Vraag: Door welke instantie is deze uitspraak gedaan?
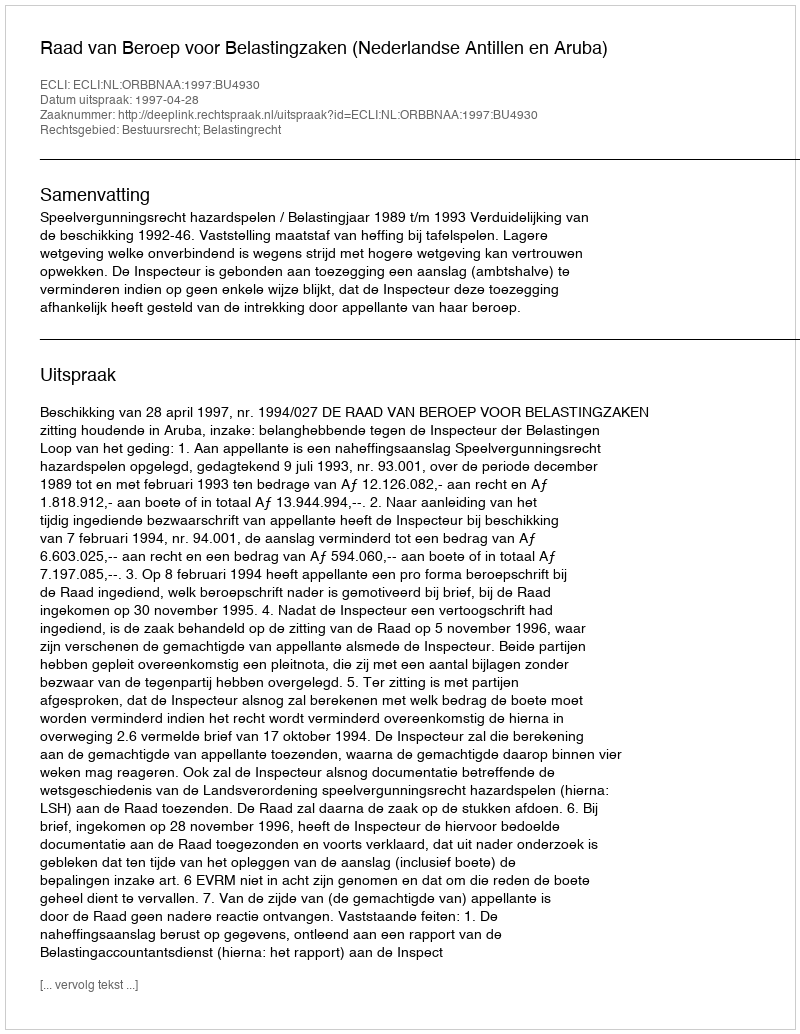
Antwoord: Raad van Beroep voor Belastingzaken (Nederlandse Antillen en Aruba)